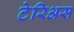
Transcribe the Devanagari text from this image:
टेरिअस